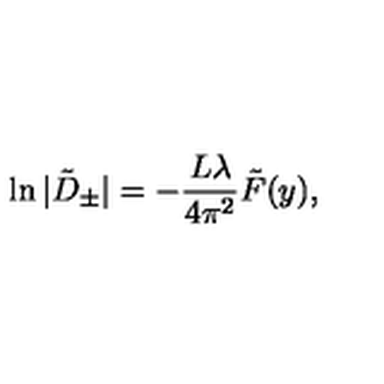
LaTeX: \ln \vert \tilde { D } _ { \pm } \vert = - \frac { L \lambda } { 4 \pi ^ { 2 } } \tilde { F } ( y ) ,